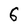
Character: 6